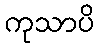
ကုသာပိ